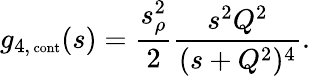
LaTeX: g_{4,\mathrm{\scriptsize~cont}}(s)=\frac{s_{\rho}^{2}}{2}\frac{s^{2}Q^{2}}{(s+Q^{2})^{4}}.